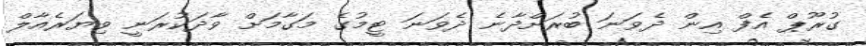
ގުރޫޕް އެފް އިން ދެވަނަ ބުރަށްދާނެ ދެވަނަ ޓީމުގެ މަގާމަށް ވާދަކުރަނީ ވިޔަރެއާލް